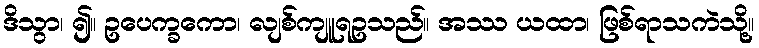
ဒိသွာ၊ ၍။ ဥပေက္ခကော၊ လျစ်ကျူရဥသည်။ အဿ ယထာ၊ ဖြစ်ရာသကဲသို့။